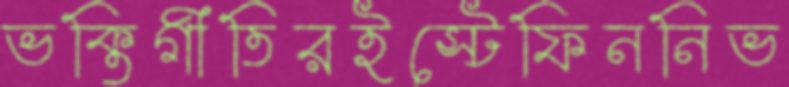
ভক্তিগীতিরইস্টেফিননিভ